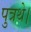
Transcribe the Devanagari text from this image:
पुत्रथे।